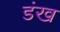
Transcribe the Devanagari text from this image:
डंख